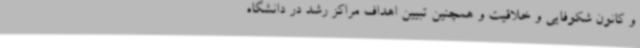
و کانون‌ شکوفایی و خلاقیت و همچنین تبیین اهداف مراکز رشد در دانشگاه